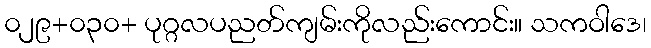
၀၂၉+၀၃၀+ ပုဂ္ဂလပညတ်ကျမ်းကိုလည်းကောင်း။ သကဝါဒေ၊